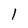
Character: 1